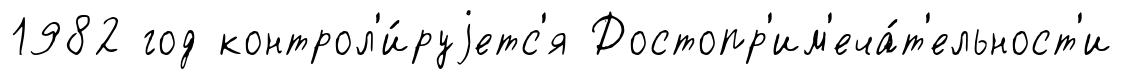
1982 год контрол'и́руjетс'я Достопр'им'еча́т'ельност'и